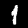
Label: 1